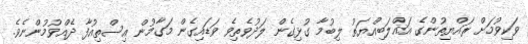
ވަކިވުމަށް ރައްޔިތުންގެ އަޣްލަބިއްޔަތު ލިބުމާ ގުޅިގެން ލަދުވެތިވެ ވަޑައިގެން މަގާމުން އިސްތިއުފާ ދެއްވުމުންނެވެ.